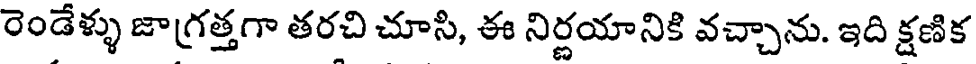
రెండేళ్ళు జాగ్రత్తగా తరచి చూసి, ఈ నిర్ణయానికి వచ్చాను. ఇది క్షణిక